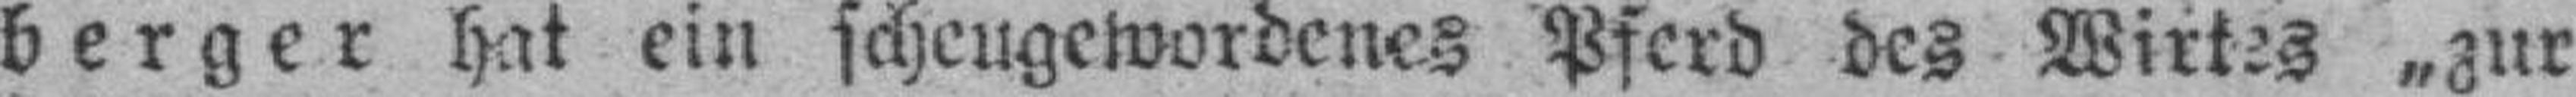
berger hat ein scheugewordenes Pferd des Wirtes „zur